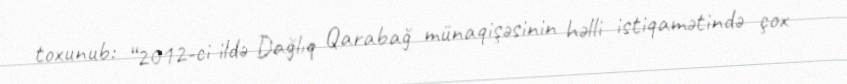
toxunub: “2012-ci ildə Dağlıq Qarabağ münaqişəsinin həlli istiqamətində çox